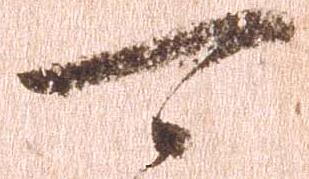
可